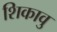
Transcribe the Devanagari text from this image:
शिकावु